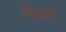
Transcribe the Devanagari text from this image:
विद्युद्णु